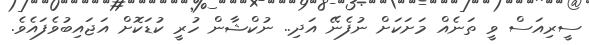
ސީރިއަސް ވީ ތަނެއް މަށަކަށް ނުފެނޭ އަދި.. ނުކްޝާން ހުރީ ކުޑަކޮށް އަޖައިބުވެފައެވެ.